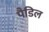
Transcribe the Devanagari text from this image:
पैडिल